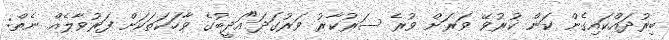
ބިރުދައްކައިގެން ކަން ކުރުވޭ ވަރަށް ވުރެ ސަރުކާރު ވަރުގަދަ"އަދީބުގެ ވާހަކަތަކަށް ފަރުވާލެއް ނެތް: